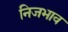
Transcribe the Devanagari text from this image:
निजभाव